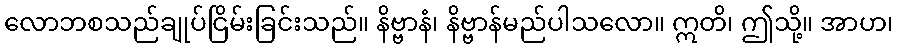
လောဘစသည်ချုပ်ငြိမ်းခြင်းသည်။ နိဗ္ဗာနံ၊ နိဗ္ဗာန်မည်ပါသလော။ ဣတိ၊ ဤသို့။ အာဟ၊